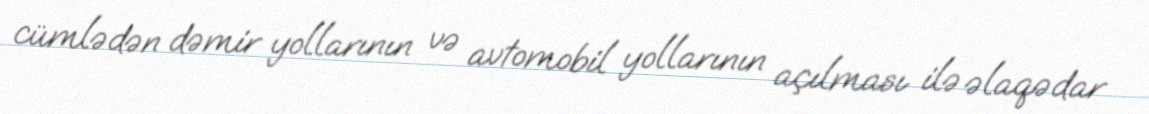
cümlədən dəmir yollarının və avtomobil yollarının açılması ilə əlaqədar